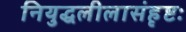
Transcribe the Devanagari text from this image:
नियुद्धलीलासंहृष्टः